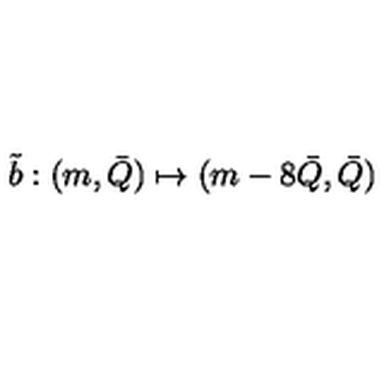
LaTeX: \tilde { b } : ( m , \bar { Q } ) \mapsto ( m - 8 \bar { Q } , \bar { Q } )